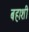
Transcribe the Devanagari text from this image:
बहाशी